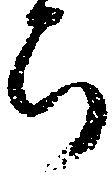
ち